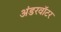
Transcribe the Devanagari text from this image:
अंडरवॉटर